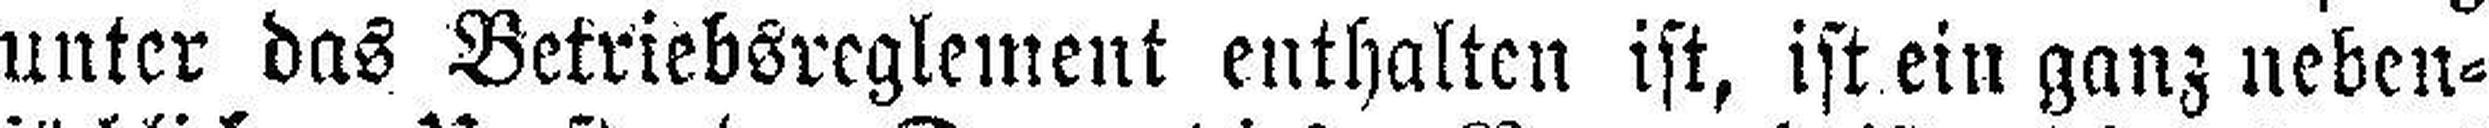
unter das Betriebsreglement enthalten ist, ist ein ganz neben¬